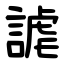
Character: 謔